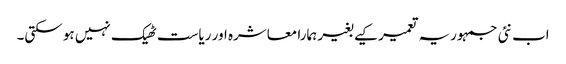
اب نئی جمہوریہ تعمیر کیے بغیر ہمارا معاشرہ اور ریاست ٹھیک نہیں ہو سکتی۔